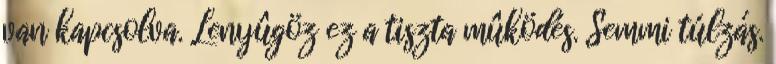
van kapcsolva. Lenyûgöz ez a tiszta mûködés. Semmi túlzás.